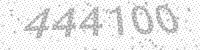
Solution: 444100